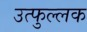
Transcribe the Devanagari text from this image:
उत्‍फुल्‍लक